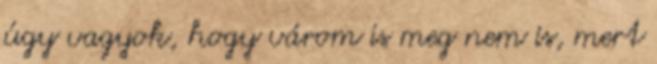
úgy vagyok, hogy várom is meg nem is, mert